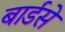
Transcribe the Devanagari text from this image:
बार्डसे